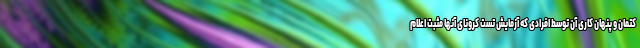
کتمان و پنهان کاری آن توسط افرادی که آزمایش تست کرونای آنها مثبت اعلام